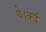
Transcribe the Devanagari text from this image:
थे।कई